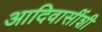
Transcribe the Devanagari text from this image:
आदिवासींशी